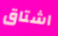
اشتاق